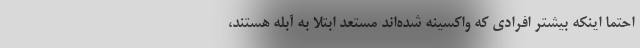
احتما اینکه بیشتر افرادی که واکسینه شده‌اند مستعد ابتلا به آبله هستند،